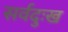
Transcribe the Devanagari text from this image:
सर्वदुःख